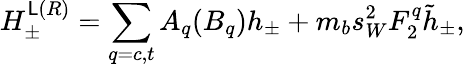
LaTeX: H_{\pm}^{\mathsf{L}(R)}=\displaystyle\sum_{q=c,t}A_{q}(B_{q})h_{\pm}+m_{b}s_{W}^{2}F_{2}^{q}\tilde{{h}}_{\pm},